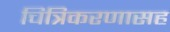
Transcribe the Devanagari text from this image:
चित्रिकरणासह